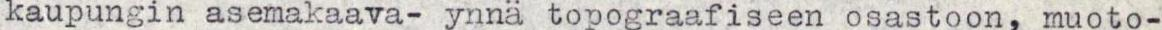
kaupungin asemakaava- ynnä topograafiseen osastoon, muoto-